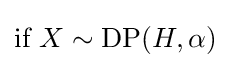
{\text{if }}X\sim \operatorname {DP} (H,\alpha )